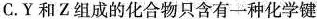
C.Y和Z组成的化合物只含有一种化学键